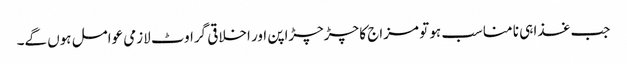
جب غذا ہی نا مناسب ہو تو مزاج کا چڑچڑاپن اور اخلاقی گراوٹ لازمی عوامل ہوں گے۔